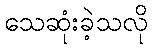
သေဆုံးခဲ့သလို